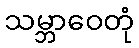
သမ္ဘာဝေတုံ